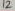
Text: 12